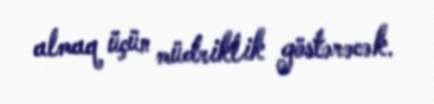
almaq üçün müdriklik göstərəcək.